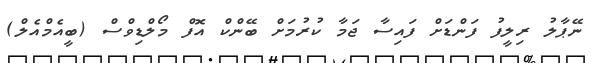
ނޭޕާލު ރިލީފު ފަންޑަށް ފައިސާ ޖަމާ ކުރުމަށް ބޭންކް އޮފް މޯލްޑިވްސް (ބީއެމްއެލް)